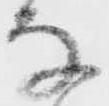
な